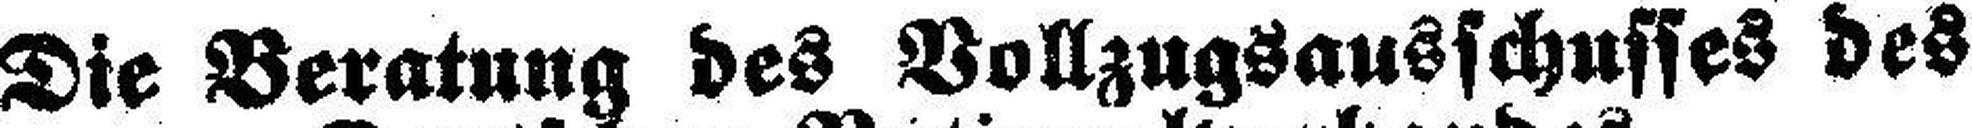
Die Beratung des Vollzugsausschusses des